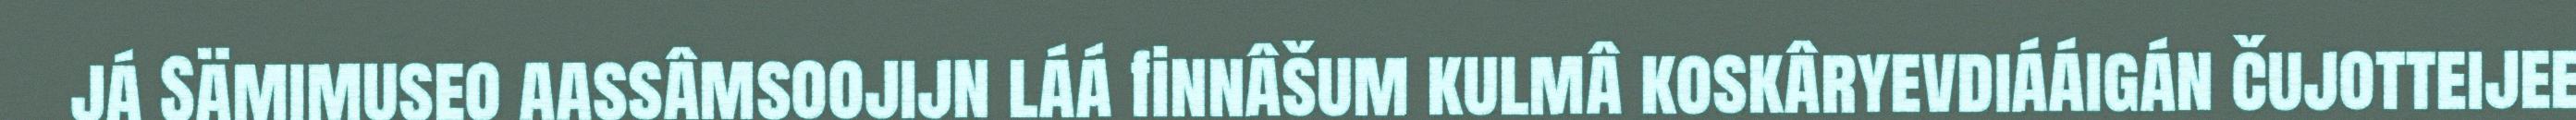
já Sämimuseo aassâmsoojijn láá finnâšum kulmâ koskâryevdiááigán čujotteijee